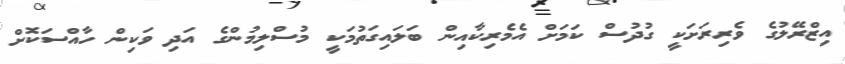
އިޒްރޭލުގެ ވެރިރަށަކީ ގުދުސް ކަމަށް އެމެރިކާއިން ބަލައިގަތުމަކީ މުސްލިމުންގެ އަދި ވަކިން ހާއްސަކޮށް